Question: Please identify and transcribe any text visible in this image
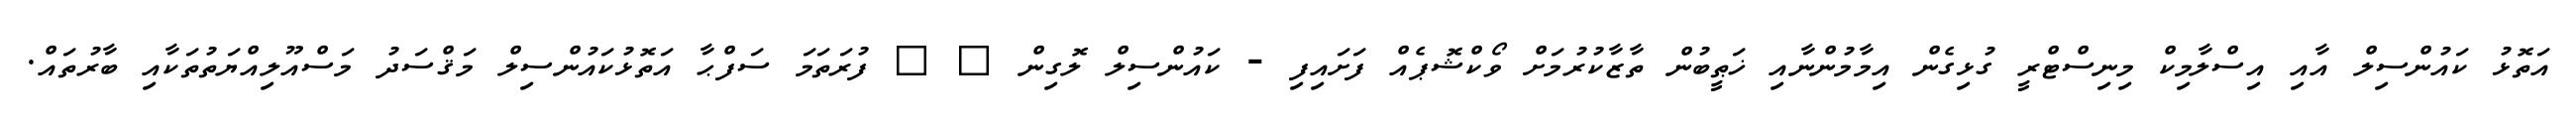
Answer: އަތޮޅު ކައުންސިލް އާއި އިސްލާމިކް މިނިސްޓްރީ ގުޅިގެން އިމާމުންނާއި ޚަޠީބުން ތާޒާކުރުމަށް ވޯކްޝޮޕެއް ފަށައިފި - ކައުންސިލް ލޮގިން ? ? ފުރަތަމަ ސަފްޙާ އަތޮޅުކައުންސިލް މަޤްސަދު މަސްއޫލިއްޔަތުތަކާއި ބާރުތައް.